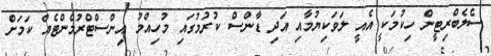
ސެލެބްރިޓީން ހިކުމަކީ އެއީ ލަވަކިޔުމާއި އަދި ޑާންސް ކުރުމުގައި މުހިއްމު އިންސްޓްރުމެންޓެއް ކަމަށް